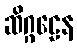
ဆိဂ္ဂဠေန